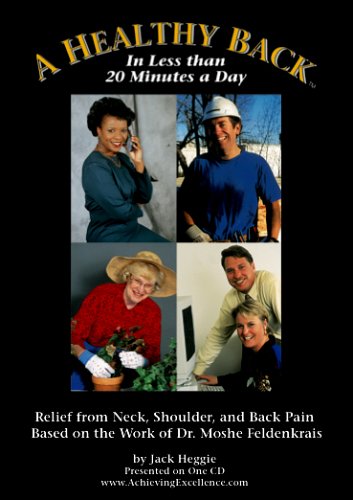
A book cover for A Healthy Back(TM): Relief from Neck, Shoulder, and Back Pain - Based on the Work of Dr. Moshe Feldenkrais; Jack Heggie; Health, Fitness & Dieting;